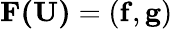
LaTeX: \mathbf{F(\mathbf{U})}=(\mathbf{f},\mathbf{g})